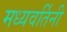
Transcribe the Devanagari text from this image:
मध्यवर्तिनी